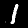
Label: 1